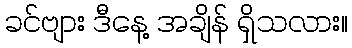
ခင်ဗျား ဒီနေ့ အချိန် ရှိသလား။